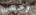
رحمي